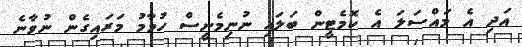
އަދި އެ މައްސަލަ އެ ކޮމެޓީން ބަލައި ނުނިމެނީސް ހުމާމު މަރައިގެން ނުވާނެ